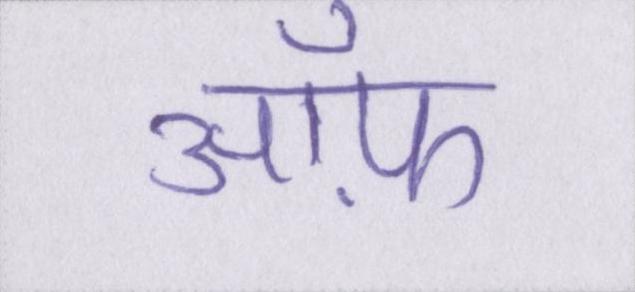
ऑफ़